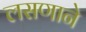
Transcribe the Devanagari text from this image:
लसणाने